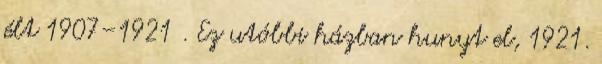
élt 1907–1921 . Ez utóbbi házban hunyt el, 1921.